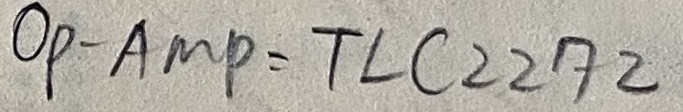
Text: OP-AMP-TLC2272